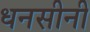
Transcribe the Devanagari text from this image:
धनसीनी